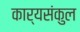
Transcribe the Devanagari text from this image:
कार्यसंकुल